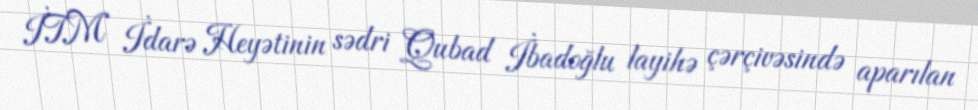
İTM İdarə Heyətinin sədri Qubad İbadoğlu layihə çərçivəsində aparılan